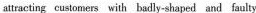
attracting customes with badly-shaped and faulty